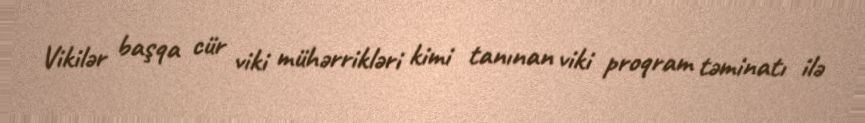
Vikilər başqa cür viki mühərrikləri kimi tanınan viki proqram təminatı ilə